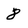
Character: 8